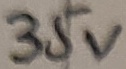
Text: 35V